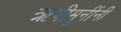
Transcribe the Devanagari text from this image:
ऋषीमूनींनी